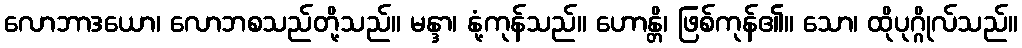
လောဘာဒယော၊ လောဘစသည်တို့သည်။ မန္ဒာ၊ နုံ့ကုန်သည်။ ဟောန္တိ၊ ဖြစ်ကုန်၏။ သော၊ ထိုပုဂ္ဂိုလ်သည်။